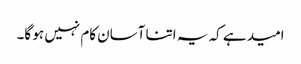
امید ہے کہ یہ اتنا آسان کام نہیں ہو گا۔